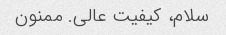
سلام، کیفیت عالی. ممنون